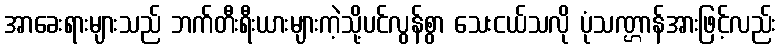
အာခေးရားများသည် ဘက်တီးရီးယားများကဲ့သို့ပင်လွန်စွာ သေးငယ်သလို ပုံသဏ္ဌာန်အားဖြင့်လည်း